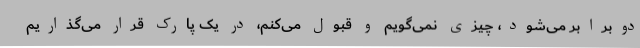
دوبرابر می‌شود، چیزی نمی‌گویم و قبول می‌کنم، در یک پارک قرار می‌گذاریم